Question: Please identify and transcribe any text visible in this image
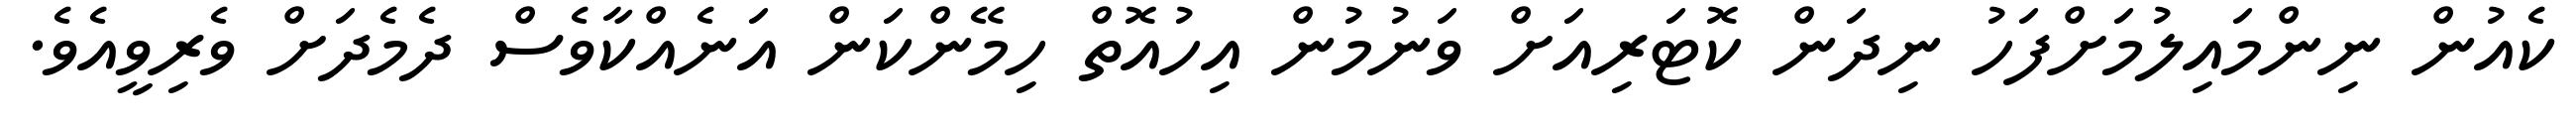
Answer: ކެއުން ނިންމައިލުމަށްފަހު ނިދަން ކޮޓަރިއަށް ވަނުމުން އިހުއޮތް ހިމޭންކަން އަނެއްކާވެސް ދެމެދަށް ވެރިވީއެވެ.